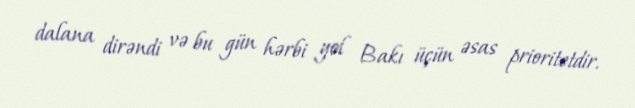
dalana dirəndi və bu gün hərbi yol Bakı üçün əsas prioritetdir.